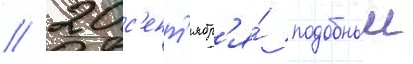
// 20 с'ент'ябр'я́ подобныи